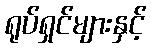
ရုပ်ရှင်များနှင့်